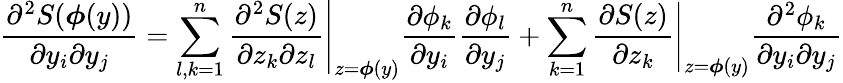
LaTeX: {\frac{\partial^{2}S({\boldsymbol{\phi}}(y))}{\partial y_{i}\partial y_{j}}}=\sum_{l,k=1}^{n}\left.{\frac{\partial^{2}S(z)}{\partial z_{k}\partial z_{l}}}\right|_{z={\boldsymbol{\phi}}(y)}{\frac{\partial\phi_{k}}{\partial y_{i}}}{\frac{\partial\phi_{l}}{\partial y_{j}}}+\sum_{k=1}^{n}\left.{\frac{\partial S(z)}{\partial z_{k}}}\right|_{z={\boldsymbol{\phi}}(y)}{\frac{\partial^{2}\phi_{k}}{\partial y_{i}\partial y_{j}}}